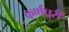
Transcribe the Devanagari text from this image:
कर्णपुरी